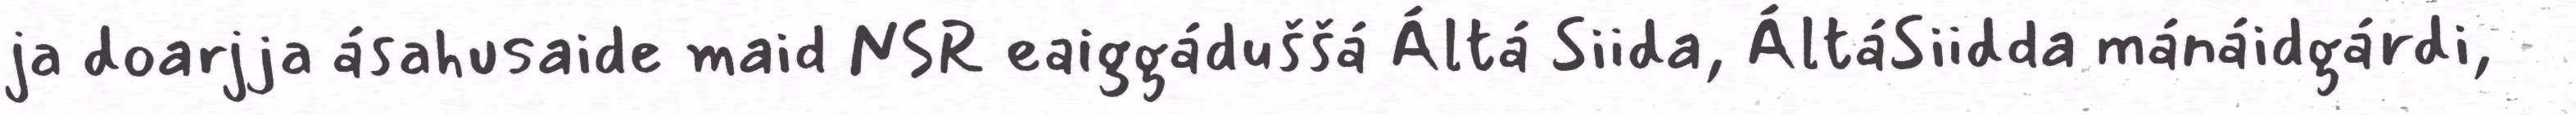
ja doarjja ásahusaide maid NSR eaiggáduššá Áltá Siida, ÁltáSiidda mánáidgárdi,